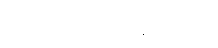
စကားတော့ လုံးဝမပြောဘူး။